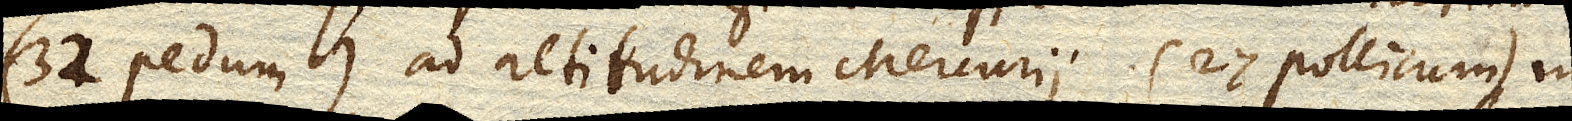
(32 pedum) ad altitudinem Mercurii (27 pollicum) in